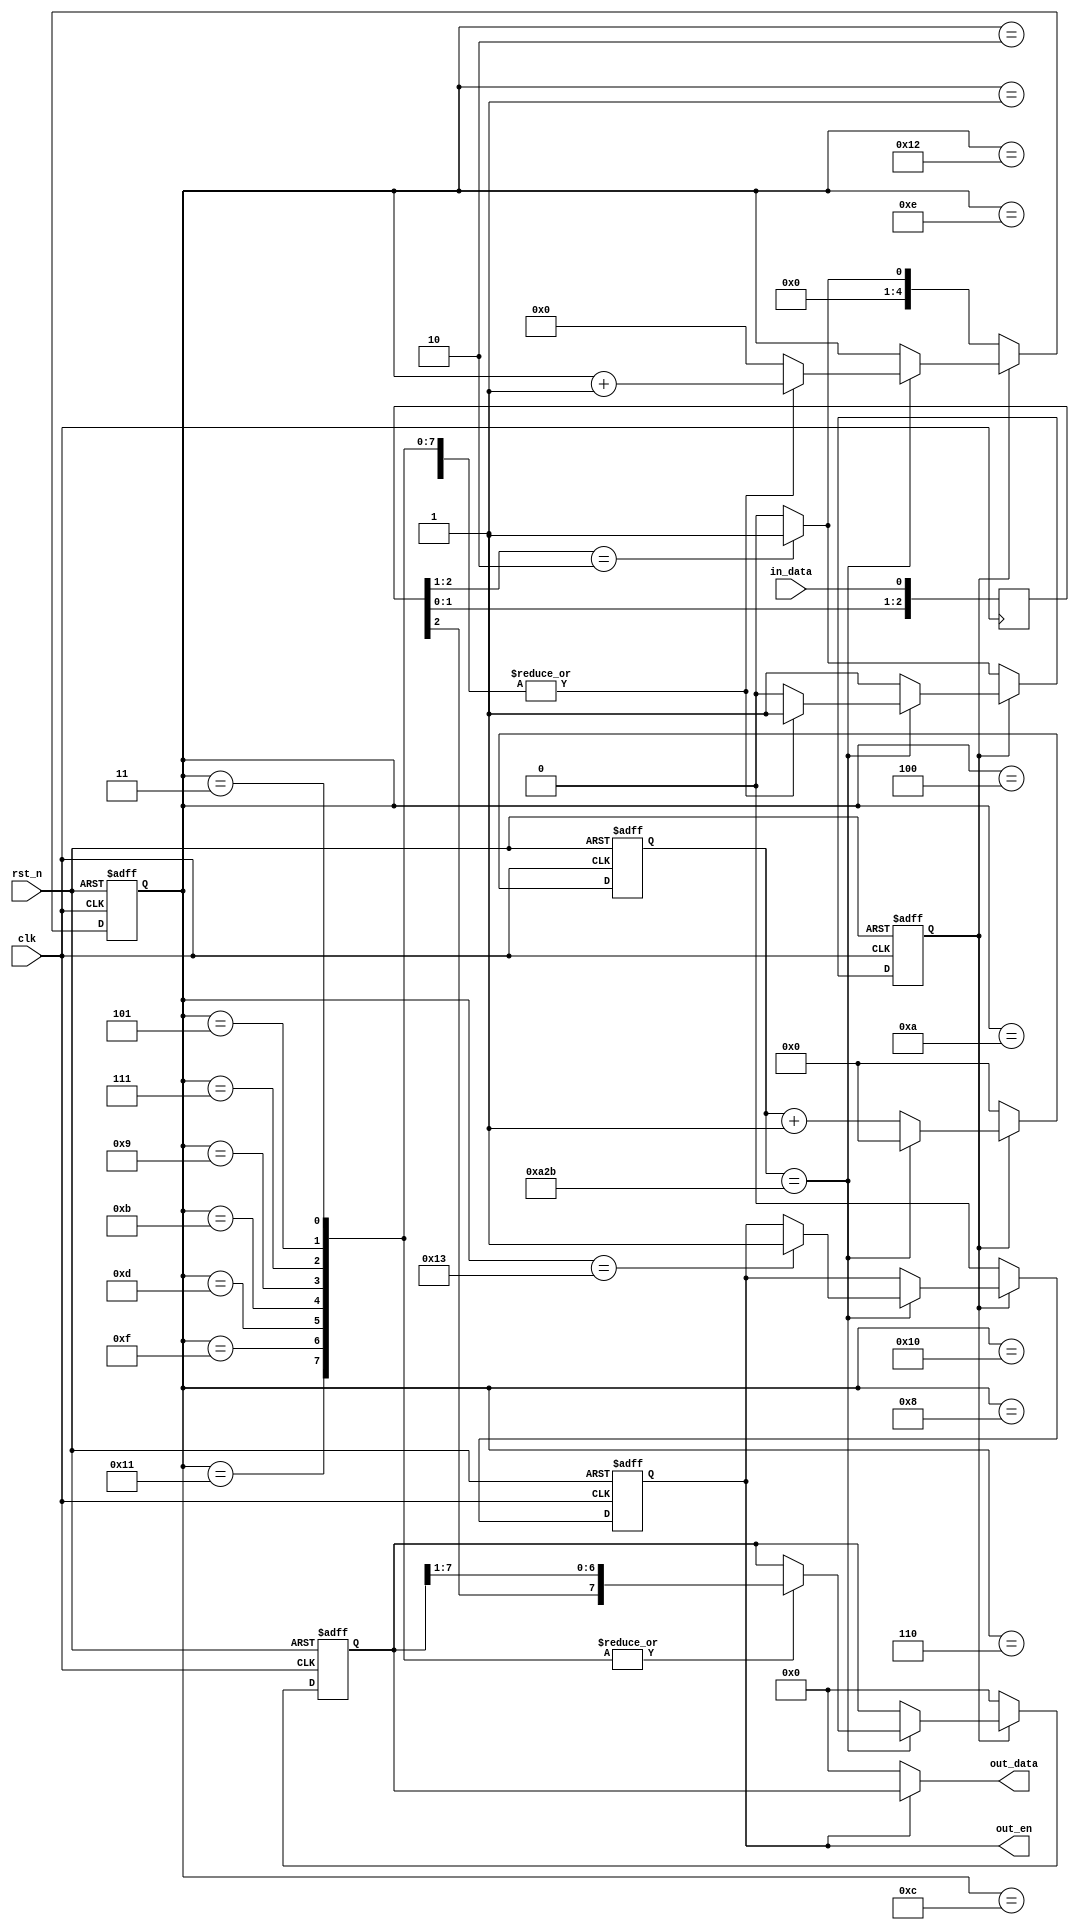
// This program was cloned from: https://github.com/michaelliao/learn-verilog
// License: GNU General Public License v3.0

/******************************************************************************

 (8bit, , 1)

Baud = 9600, 14400, 19200, 38400, 57600, 115200

: 

                                         
                                         
  0    0     0    0    0  
     1    1    1     1    1

******************************************************************************/

module uart_rx #(
    parameter BAUD = 9600, // ,  9600
    parameter SYS_CLK = 50_000_000 // ,  50MHz
)
(
    input clk,
    input rst_n,
    input in_data, // 
    output [7:0] out_data, // 
    output reg out_en // =1
);

    localparam
        MAX = SYS_CLK / BAUD / 2 - 1, // 
        WIDTH = $clog2(MAX + 1); // 

    localparam [WIDTH-1:0] CNT_0 = 0;
    localparam [WIDTH-1:0] CNT_MAX = MAX;

    localparam
        IDLE = 1'b0,
        RECEIVING = 1'b1;

    reg status;
    reg [WIDTH-1:0] cnt;
    reg [4:0] bps_cnt; // count for 0, 1, 2, ..., 15, 16, 17
    reg [7:0] data;
    reg [2:0] rx_detect; // 

    assign out_data = out_en == 1'b1 ? data : 8'd0;

    always @ (posedge clk) begin
        rx_detect[0] <= in_data;
        rx_detect[1] <= rx_detect[0];
        rx_detect[2] <= rx_detect[1];
    end

    always @ (posedge clk or negedge rst_n) begin
        if (rst_n == 1'b0) begin
            status <= IDLE;
            cnt <= CNT_0;
            bps_cnt <= 5'd0;
            data <= 8'd0;
            out_en <= 1'b0;
        end else begin
            if (status == IDLE) begin
                data <= 8'd0;
                out_en <= 1'b0;
                cnt <= CNT_0;
                if (rx_detect[2:1] == 2'b10) begin
                    // start receiving:
                    status <= RECEIVING;
                    bps_cnt <= 5'd1;
                end else begin
                    // keep IDEL status:
                    status <= IDLE;
                    bps_cnt <= 5'd0;
                end
            end else begin
                // receiving data:
                if (cnt == CNT_MAX) begin
                    cnt <= CNT_0;
                    case (bps_cnt)
                        5'd1: begin
                            // start 0 sample point:
                            bps_cnt <= bps_cnt + 1'b1;
                        end
                        5'd2, 5'd4, 5'd6, 5'd8, 5'd10, 5'd12, 5'd14, 5'd16, 5'd18: begin
                            // ignore sampling near at edge:
                            bps_cnt <= bps_cnt + 1'b1;
                        end
                        5'd3, 5'd5, 5'd7, 5'd9, 5'd11, 5'd13, 5'd15, 5'd17: begin
                            bps_cnt <= bps_cnt + 1'b1;
                            data <= { rx_detect[2], data[7:1] };
                        end
                        5'd19: begin
                            // end 1 sample point:
                            bps_cnt <= 5'd0;
                            status <= IDLE;
                            data <= data;
                            out_en <= 1'b1;
                        end
                        default: begin
                            bps_cnt <= 1'b0;
                            status <= IDLE;
                        end
                    endcase
                end else begin
                    cnt <= cnt + 1;
                    bps_cnt <= bps_cnt;
                    status <= RECEIVING;
                end
            end
        end
    end

endmodule